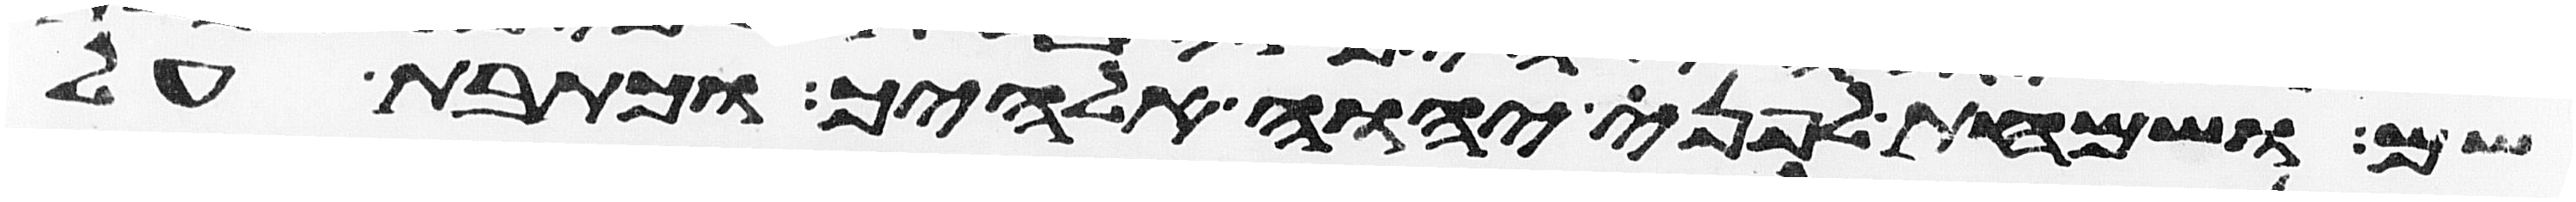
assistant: שם ושמחת לפני יהוה אלהיך וכתבת על